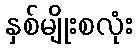
နှစ်မျိုးစလုံး